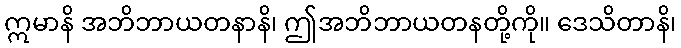
ဣမာနိ အဘိဘာယတနာနိ၊ ဤအဘိဘာယတနတို့ကို။ ဒေသိတာနိ၊